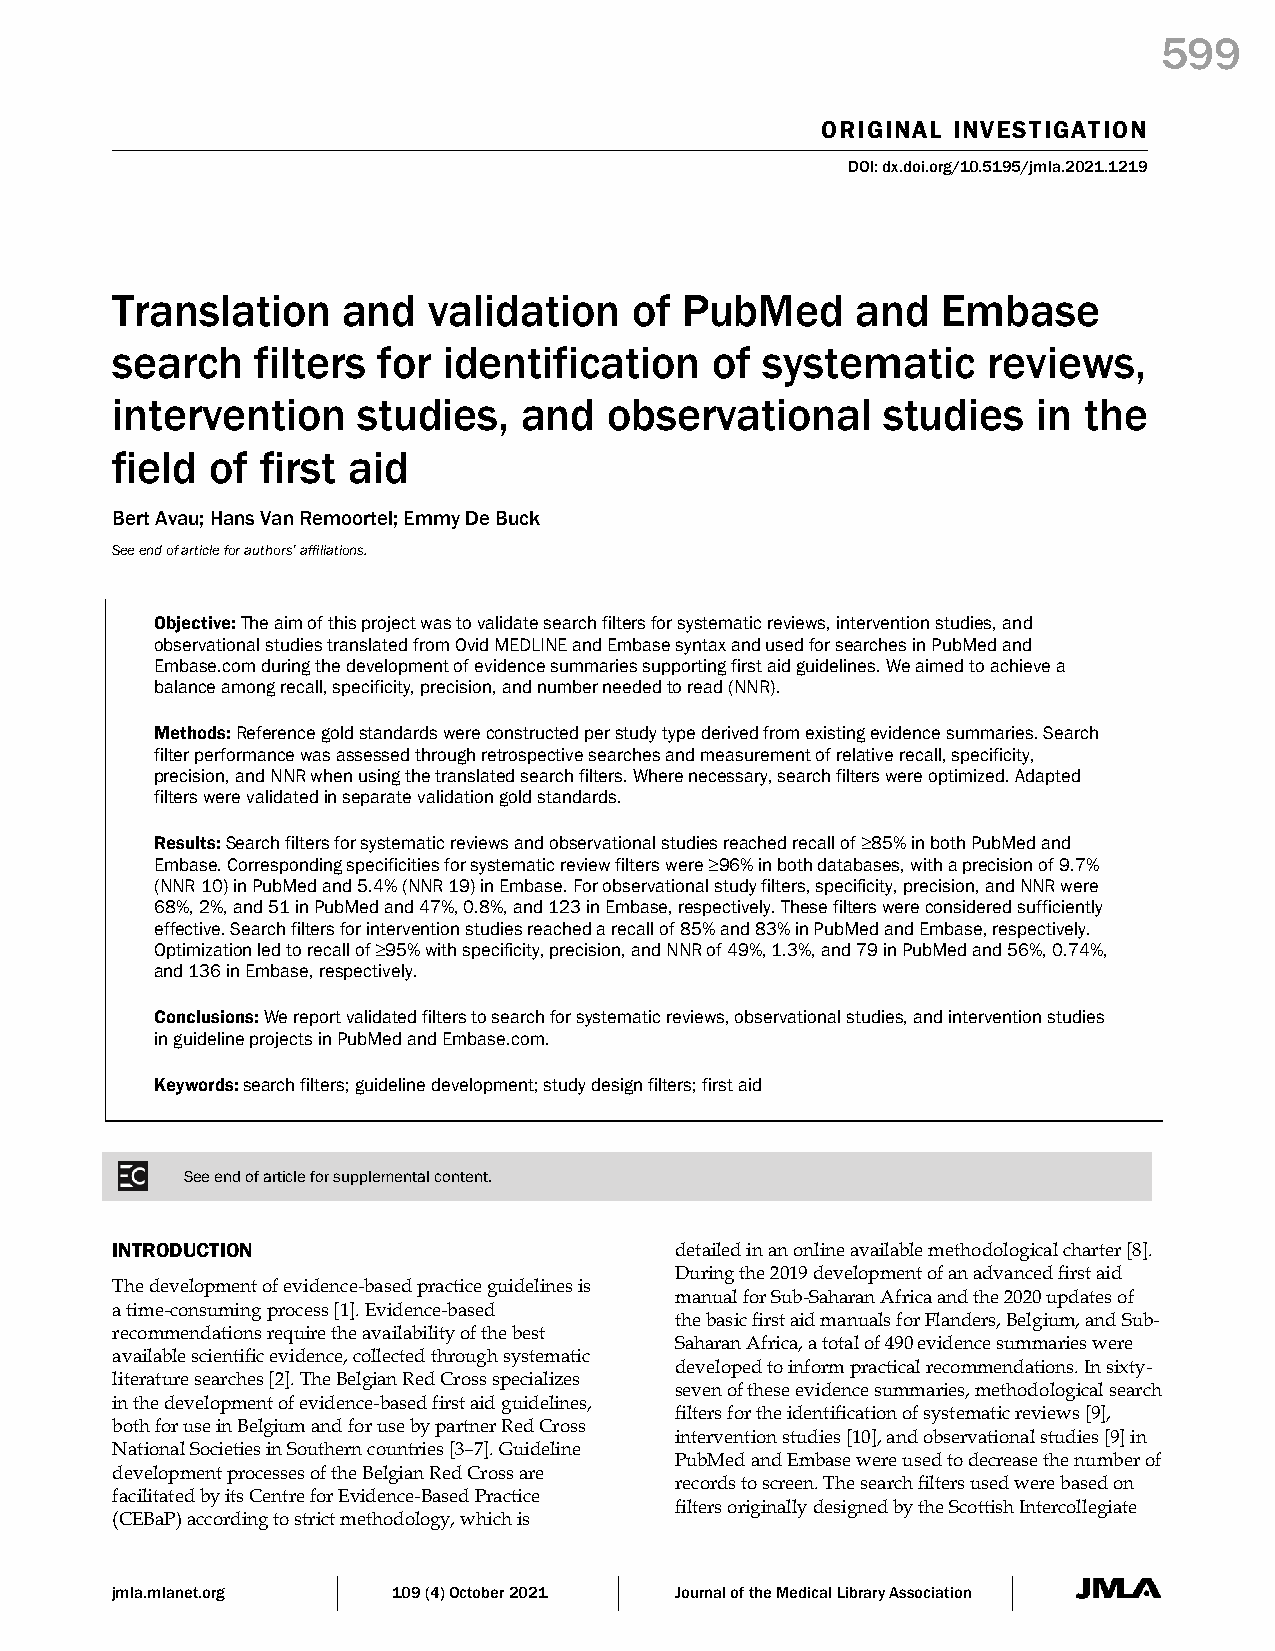
599
 ORIGINAL INVESTIGATION
 DOI: dx.doi.org/10.5195/jmla.2021.1219
 Translation     and  validation    of PubMed      and  Embase
 search    filters for identification    of  systematic    reviews,
 intervention     studies,   and  observational      studies   in the
 field  of first aid
 Bert Avau; Hans Van Remoortel; Emmy De Buck
 See end of article for authors’ affiliations.
 Objective: The aim of this project was to validate search filters for systematic reviews, intervention studies, and
 observational studies translated from Ovid MEDLINE and Embase syntax and used for searches in PubMed and
 Embase.com during the development of evidence summaries supporting first aid guidelines. We aimed to achieve a
 balance among recall, specificity, precision, and number needed to read (NNR).
 Methods: Reference gold standards were constructed per study type derived from existing evidence summaries. Search
 filter performance was assessed through retrospective searches and measurement of relative recall, specificity,
 precision, and NNR when using the translated search filters. Where necessary, search filters were optimized. Adapted
 filters were validated in separate validation gold standards.
 Results: Search filters for systematic reviews and observational studies reached recall of ≥85% in both PubMed and
 Embase. Corresponding specificities for systematic review filters were ≥96% in both databases, with a precision of 9.7%
 (NNR 10) in PubMed and 5.4% (NNR 19) in Embase. For observational study filters, specificity, precision, and NNR were
 68%, 2%, and 51 in PubMed and 47%, 0.8%, and 123 in Embase, respectively. These filters were considered sufficiently
 effective. Search filters for intervention studies reached a recall of 85% and 83% in PubMed and Embase, respectively.
 Optimization led to recall of ≥95% with specificity, precision, and NNR of 49%, 1.3%, and 79 in PubMed and 56%, 0.74%,
 and 136 in Embase, respectively.
 Conclusions: We report validated filters to search for systematic reviews, observational studies, and intervention studies
 in guideline projects in PubMed and Embase.com.
 Keywords: search filters; guideline development; study design filters; first aid
 See end of article for supplemental content.
 INTRODUCTION                          detailed in an online available methodological charter [8].
 During the 2019 development of an advanced first aid
 The development of evidence-based practice guidelines is
 manual for Sub-Saharan Africa and the 2020 updates of
 a time-consuming process [1]. Evidence-based
 the basic first aid manuals for Flanders, Belgium, and Sub-
 recommendations require the availability of the best
 Saharan Africa, a total of 490 evidence summaries were
 available scientific evidence, collected through systematic
 developed to inform practical recommendations. In sixty-
 literature searches [2]. The Belgian Red Cross specializes
 seven of these evidence summaries, methodological search
 in the development of evidence-based first aid guidelines,
 filters for the identification of systematic reviews [9],
 both for use in Belgium and for use by partner Red Cross
 intervention studies [10], and observational studies [9] in
 National Societies in Southern countries [3–7]. Guideline
 PubMed and Embase were used to decrease the number of
 development processes of the Belgian Red Cross are
 records to screen. The search filters used were based on
 facilitated by its Centre for Evidence-Based Practice
 filters originally designed by the Scottish Intercollegiate
 (CEBaP) according to strict methodology, which is
 jmla.mlanet.org    109 (4) October 2021 Journal of the Medical Library Association